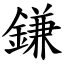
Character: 鎌